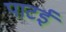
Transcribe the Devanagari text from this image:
पाटई